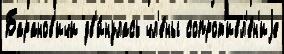
Баранов'ичи дв'и́нулась чл'е́ны сопрот'ивл'е́н'иjе